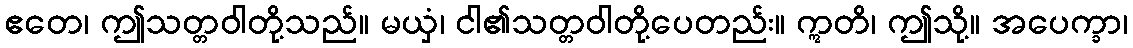
ဧတေ၊ ဤသတ္တဝါတို့သည်။ မယှံ၊ ငါ၏သတ္တဝါတို့ပေတည်း။ ဣတိ၊ ဤသို့။ အပေက္ခာ၊